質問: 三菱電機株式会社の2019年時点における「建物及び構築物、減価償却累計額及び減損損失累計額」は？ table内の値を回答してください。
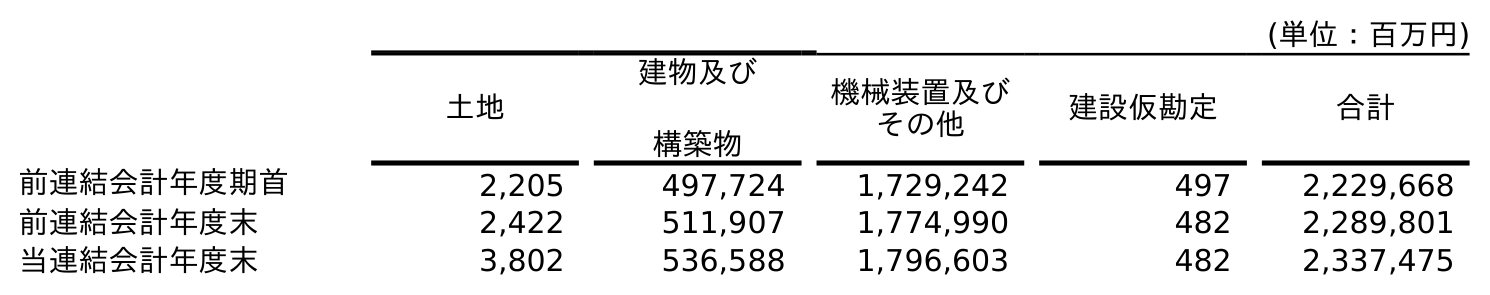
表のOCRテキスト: (単位：百万円) 土地 建物及び 構築物 機械装置及び その他 建設仮勘定 合計 前連結会計年度期首 2,205 497,724 1,729,242 497 2,229,668 前連結会計年度末 2,422 511,907 1,774,990 482 2,289,801 当連結会計年度末 3,802 536,588 1,796,603 482 2,337,475
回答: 511,907